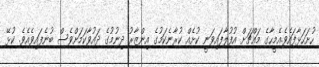
ހުށަހަޅާފައެވެ.އެމީހާގެ މައްޗަށް އުފުލާފައިވަނީ ކުށެއް ކުރާނެކަމުގެ އިންޒާރު ދިނުމުގެ ދައުވާކަމަށްވެސް ބުނެފައިވެއެވެ. ކުޅޭ